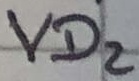
Text: VD2